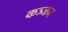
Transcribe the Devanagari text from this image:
कञ्जन